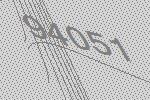
94051